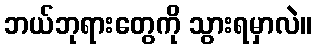
ဘယ်ဘုရားတွေကို သွားရမှာလဲ။